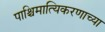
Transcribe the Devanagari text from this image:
पाश्चिमात्यिकरणाच्या